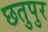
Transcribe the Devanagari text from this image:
छतुपुर